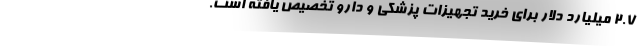
۲.۷ میلیارد دلار برای خرید تجهیزات پزشکی و دارو تخصیص یافته است.